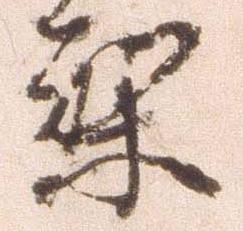
梨